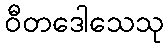
ဝီတဒေါသေသု